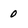
Character: 0